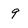
Character: 9